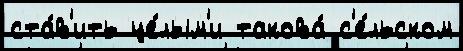
ста́в'ить це́лым'и такова́ с'е́льском